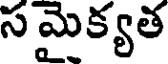
స మైక్యత